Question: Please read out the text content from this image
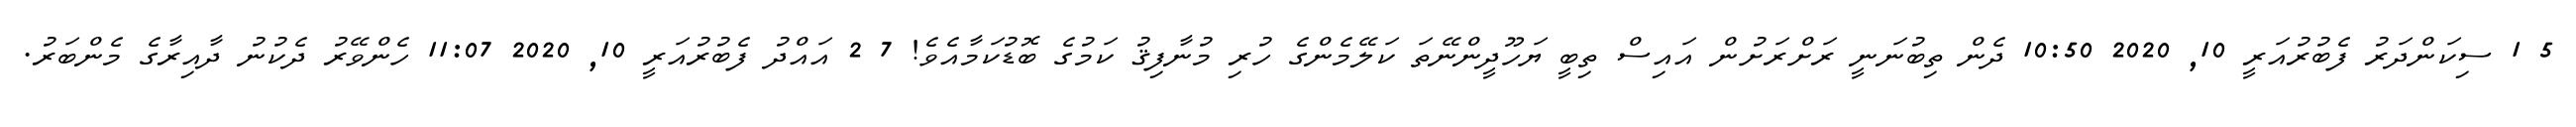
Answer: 5 1 ސިކަންދަރު ފެބުރުއަރީ 10, 2020 10:50 ދެން ތިބުނަނީ ރަށްރަށުން އައިސް ތިބީ ޔަހޫދީންނޭތަ ކަލޭމެންގެ ހުރި މުނާފިޤު ކަމުގެ ބޮޑުކަމާއެވެ! 7 2 އައްދު ފެބުރުއަރީ 10, 2020 11:07 ހެންވޭރު ދެކުނު ދާއިރާގެ މެންބަރު.